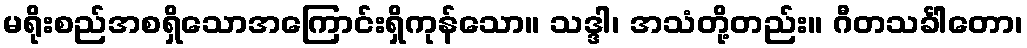
မရိုးစည်အစရှိသောအကြောင်းရှိကုန်သော။ သဒ္ဒါ၊ အသံတို့တည်း။ ဂီတသင်္ခါတော၊